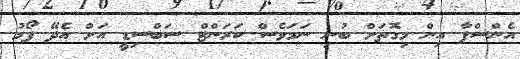
އެންސްޕާ އިން މިގޮތަށް ބުނި ނަމަވެސް ކަރަންޓް ސަބްސިޑީ އަށް އެދޭ ފޯމު